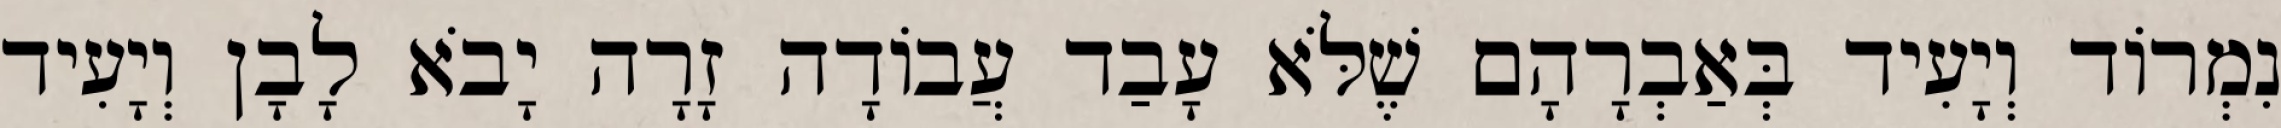
נִמְרוֹד וְיָעִיד בְּאַבְרָהָם שֶׁלֹּא עָבַד עֲבוֹדָה זָרָה יָבֹא לָבָן וְיָעִיד